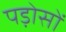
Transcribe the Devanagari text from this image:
पड़ोसों